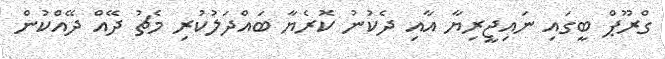
ގްރޫޕް ބީގައި ނައިޖީރިޔާ އާއި ދެކުނު ކޮރެޔާ ބައްދަލުކުރި މެޗު ދޭއް ދޭއްކުން